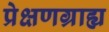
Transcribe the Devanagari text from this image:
प्रेक्षणग्राह्य